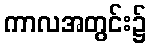
ကာလအတွင်း၌